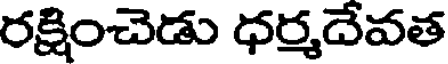
రక్షించెడు ధర్మదేవత